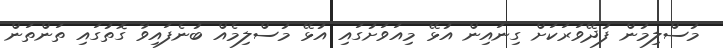
މުސްލިމުން ފުދޭވަރަކަށް ގިނައިން އުޅޭ މިއަވަށުގައި އުޅޭ މުސްލިމެއް ބުނެފައިވާ ގޮތުގައި ތަންތަން